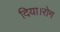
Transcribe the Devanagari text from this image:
दिया।रोग